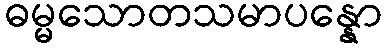
ဓမ္မသောတသမာပန္နော